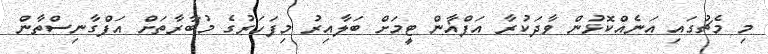
މި މެޗުގައި އަނެއްކޮޅުން ވާދަކުރާ އަފްޣާން ޓީމަށް ބަލާއިރު މިފަހަރުގެ މުބާރާތަށް އަފްގާނިސްތާން